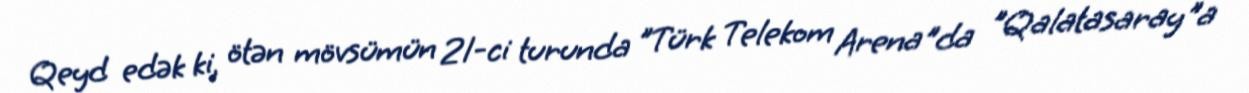
Qeyd edək ki, ötən mövsümün 21-ci turunda "Türk Telekom Arena"da "Qalatasaray"a